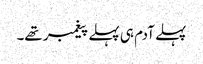
پہلے آدم ہی پہلے پیغمبر تھے۔